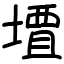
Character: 𫝠